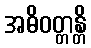
အဓိဝတ္တန္တိ